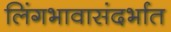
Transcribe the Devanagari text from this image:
लिंगभावासंदर्भात